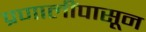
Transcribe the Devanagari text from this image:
प्रणालींपासून